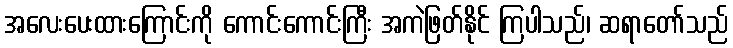
အလေးပေးထားကြောင်းကို ကောင်းကောင်းကြီး အကဲဖြတ်နိုင် ကြပါသည်၊ ဆရာတော်သည်